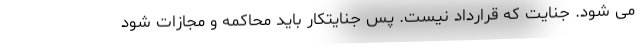
می شود. جنایت که قرارداد نیست. پس جنایتکار باید محاکمه و مجازات شود